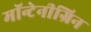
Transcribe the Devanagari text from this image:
मॉन्टेनीग्रिन